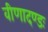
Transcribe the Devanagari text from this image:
वीणादण्डः